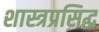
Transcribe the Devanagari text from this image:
शास्त्रप्रसिद्ध